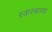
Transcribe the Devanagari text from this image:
स्वास्थाच्या